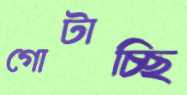
গোটাচ্ছি